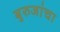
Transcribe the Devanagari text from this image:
बुरुजांचा